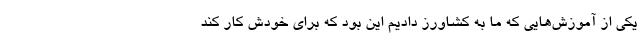
یکی از آموزش‌هایی که ما به کشاورز دادیم این بود که برای خودش کار کند